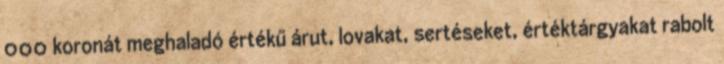
000 koronát meghaladó értékű árut, lovakat, sertéseket, értéktárgyakat rabolt